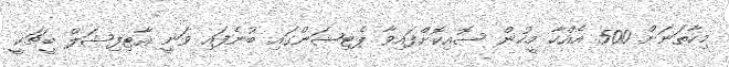
މިހާތަނަށް 500 އެއްހާ މީހުން ސޮއިކޮށްފައިވާ ޕެޓިޝަންގައި ބުނެފައި ވަނީ އާޓިފިޝަލް ބީޗަކީ